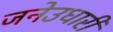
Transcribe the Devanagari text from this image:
जनेउधारी